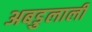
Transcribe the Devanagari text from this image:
अबडुलाली